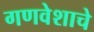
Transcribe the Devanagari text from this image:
गणवेशाचे